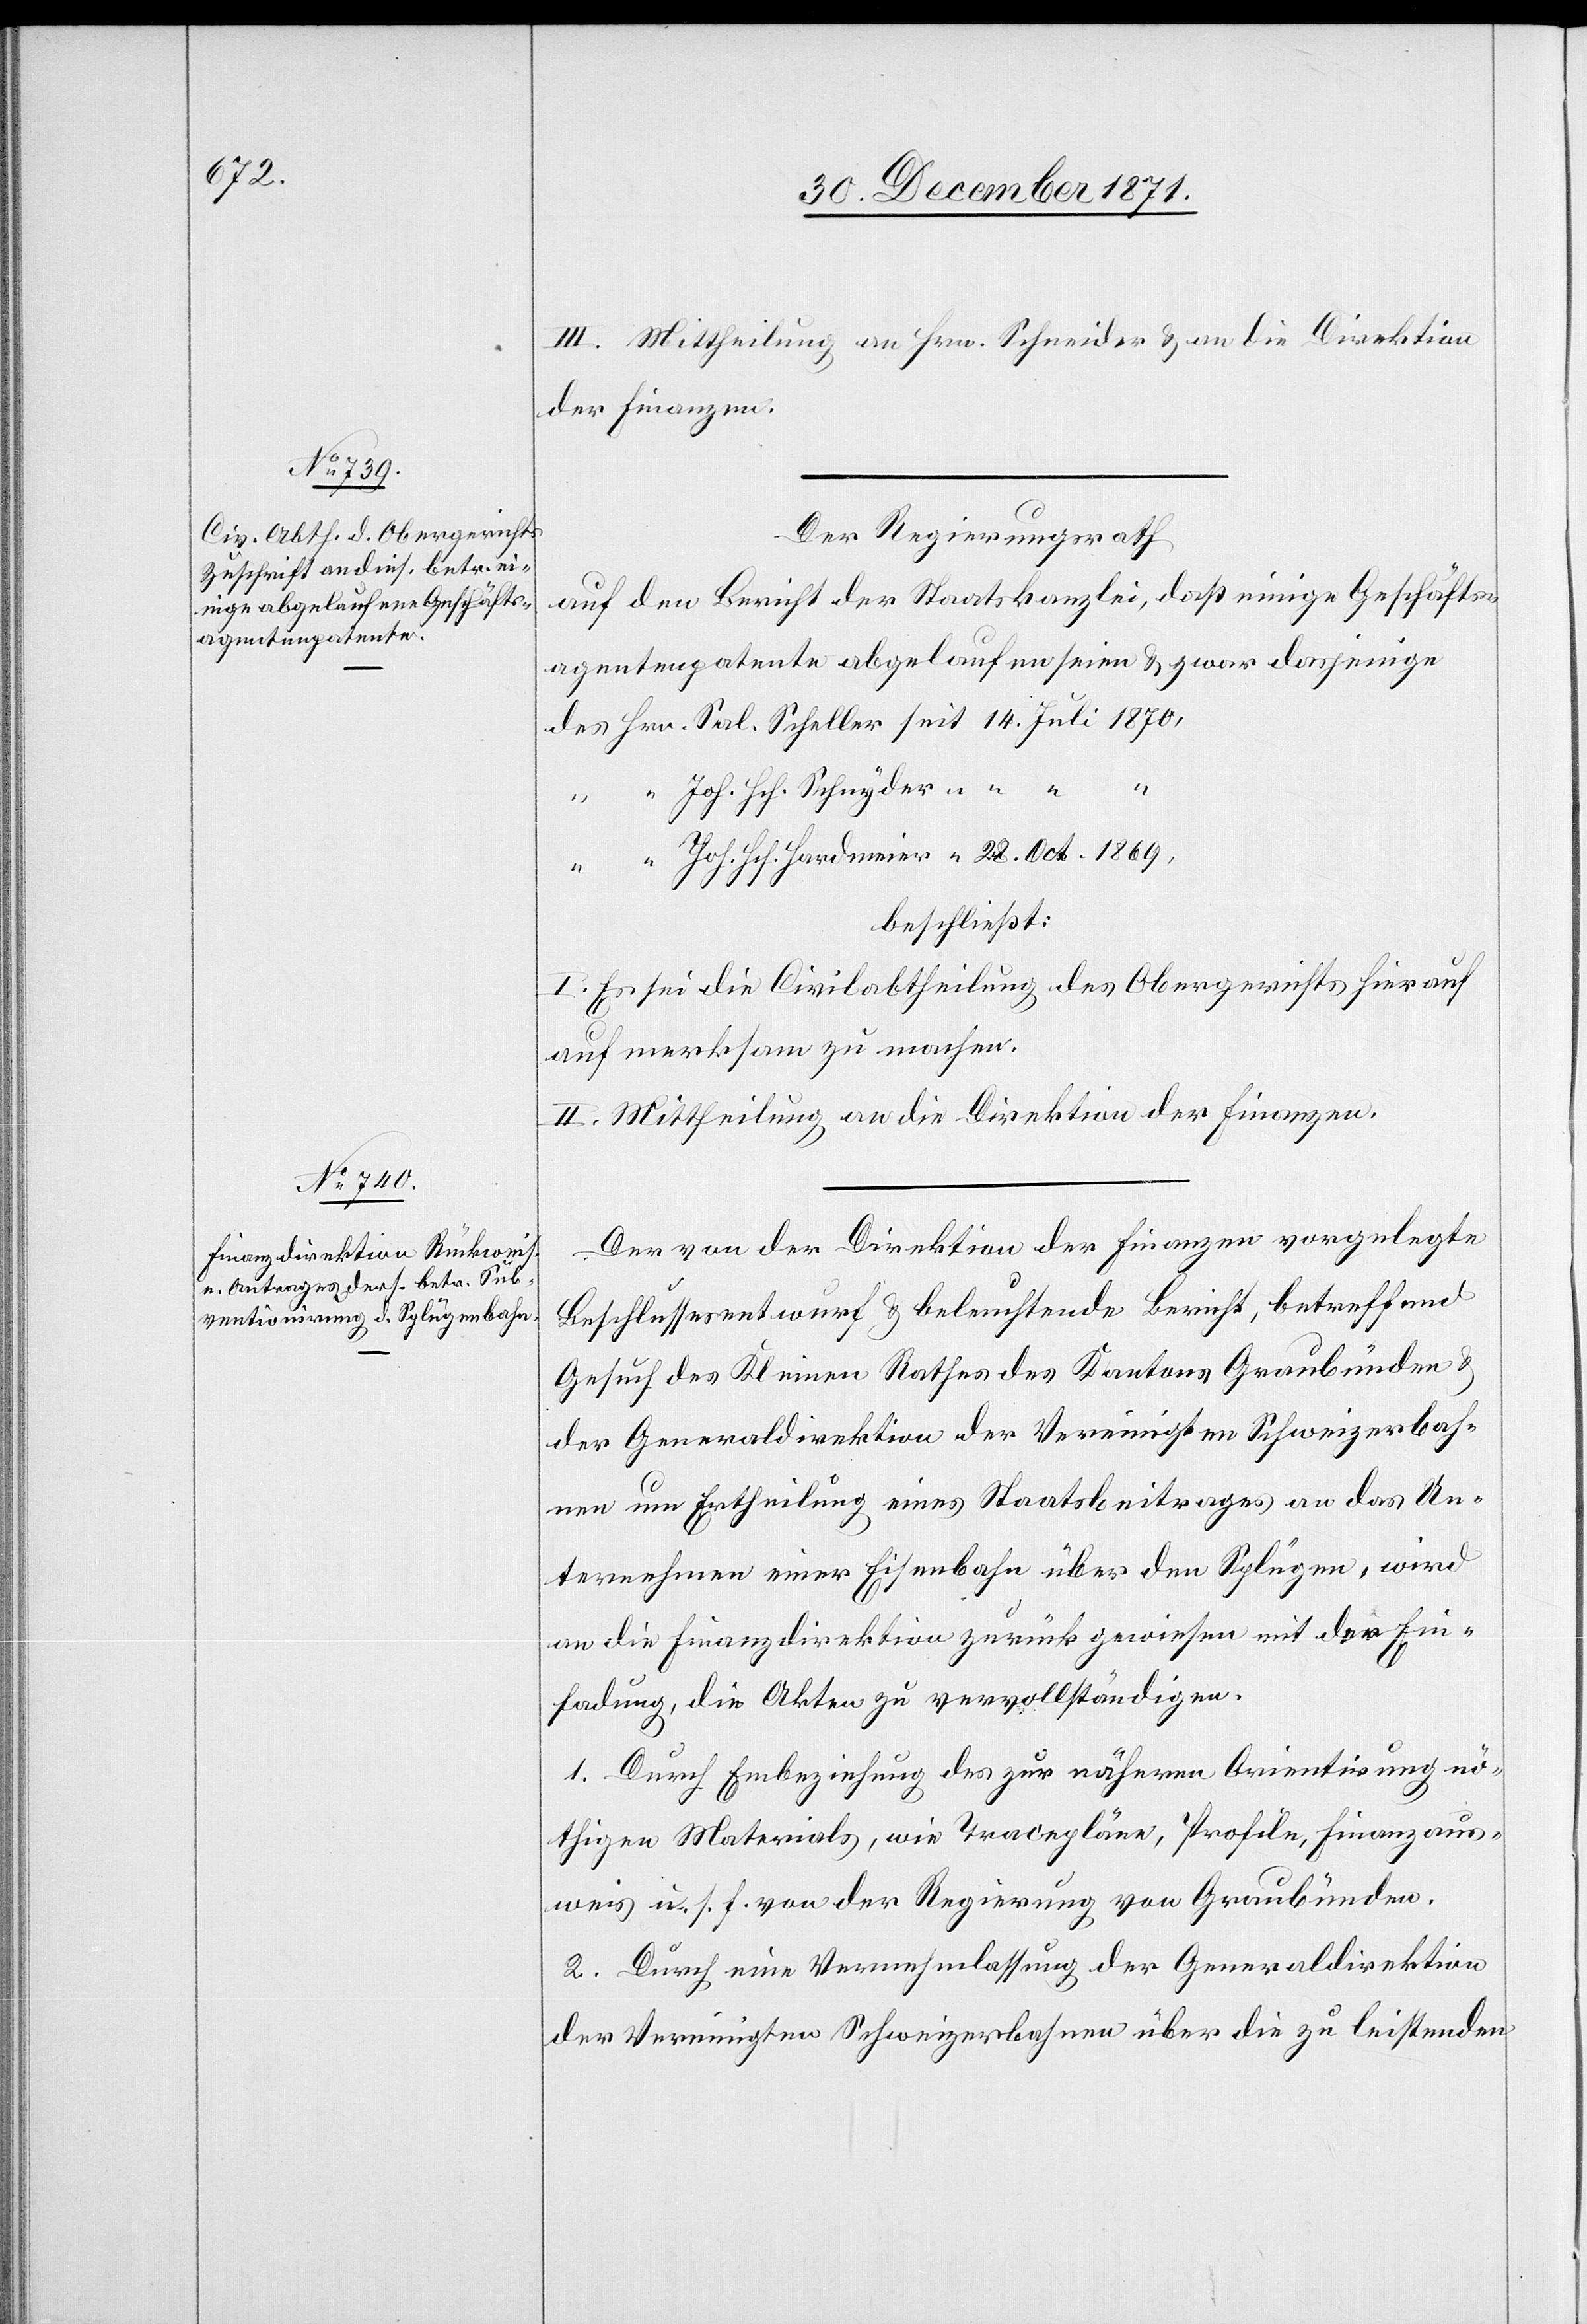
III. Mittheilung an Hrn. Schneider & an die Direktion
der Finanzen.
Der Regierungsrath
auf den Bericht der Staatskanzlei, daß einige Geschäfts¬
agentenpatente abgelaufen seien & zwar dasjenige
des Hrn. Sal. Scheller seit 14. Juli 1870,
“ “ Joh. Hch. Schnyder “ “ “
“ “ Joh. Hch. Hardmeier “ 28. Oct. 1869,
beschließt:
I. Es sei die Civilabtheilung des Obergerichts hierauf
aufmerksam zu machen.
II. Mittheilung an die Direktion der Finanzen.
Der von der Direktion der Finanzen vorgelegte
Beschlussesentwurf & beleuchtende Bericht, betreffend
Gesuch des Kleinen Rathes des Kantons Graubünden &
der Generaldirektion der Vereinigten Schweizerbah¬
nen um Ertheilung eines Staatsbeitrages an das Un¬
ternehmen einer Eisenbahn über den Splügen, wird
an die Finanzdirektion zurück gewiesen mit der Ein¬
ladung, die Akten zu vervollständigen.
1. Durch Einbeziehung des zur näheren Orientirung nö¬
thigen Materials, wie Tracepläne, Profile, Finanzaus¬
weis u. s. f. von der Regierung von Graubünden.
2. Durch eine Vernehmlassung der Generaldirektion
der Vereinigten Schweizerbahnen über die zu leistenden